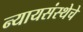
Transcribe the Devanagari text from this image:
न्यायसंस्थेचे